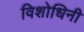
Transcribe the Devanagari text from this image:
विशोधिनी